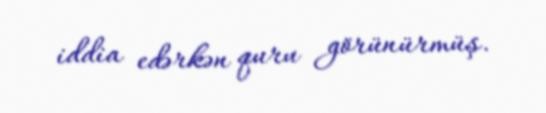
iddia edərkən quru görünürmüş.